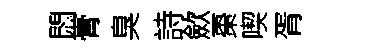
悶膏臭詩歛棗喫胥